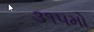
૩૧૫મો